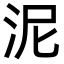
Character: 泥